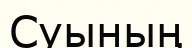
Суының